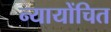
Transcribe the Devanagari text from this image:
न्‍यायोंचित